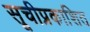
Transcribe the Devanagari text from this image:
सूचीप्रकाशित